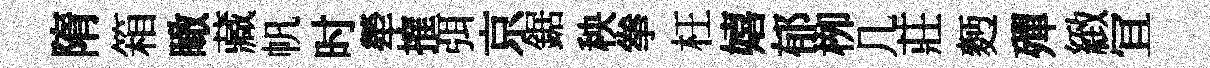
隋箱瞰藏帆时犖搉弭京鋸秧拳枉嬉郁栁几莊麪殫緻冝